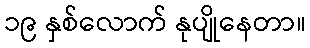
၁၉ နှစ်လောက် နုပျိုနေတာ။